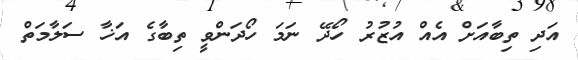
އަދި ތިބާއަށް އެއް އުޒުރު ހޯދޭ ނަމަ ހޯދަންވީ ތިބާގެ އަޚާ ސަލާމަތް